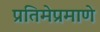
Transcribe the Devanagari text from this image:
प्रतिमेप्रमाणे